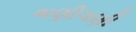
ભણીગણી